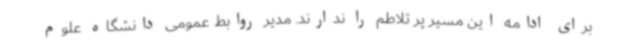
برای ادامه این مسیر پر تلاطم را ندارند. مدیر روابط عمومی دانشگاه علوم